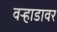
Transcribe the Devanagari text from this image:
वर्‍हाडावर